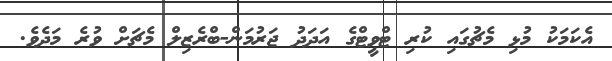
އެކަމަކު މުޅި މެޗުގައި ކުރި ޓްވީޓްގެ އަދަދު ޖަރުމަން-ބްރެޒިލް މެޗަށް ވުރެ މަދެވެ.